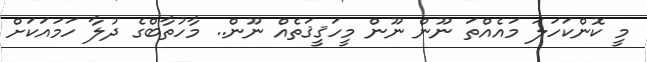
މީ ކޮންކަހަލަ މައެއްތަ ނޫން ނޫން މީހަޤީޤަތެއް ނޫން.. މާހުތާބްގެ ދުލާ ހަމައަކަށް